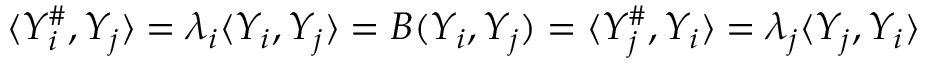
\langle Y _ { i } ^ { \# } , Y _ { j } \rangle = \lambda _ { i } \langle Y _ { i } , Y _ { j } \rangle = B ( Y _ { i } , Y _ { j } ) = \langle Y _ { j } ^ { \# } , Y _ { i } \rangle = \lambda _ { j } \langle Y _ { j } , Y _ { i } \rangle